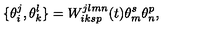
\{ \theta _ { i } ^ { j } , \theta _ { k } ^ { l } \} = W _ { i k s p } ^ { j l m n } ( t ) \theta _ { m } ^ { s } \theta _ { n } ^ { p } ,